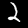
Digit: 2